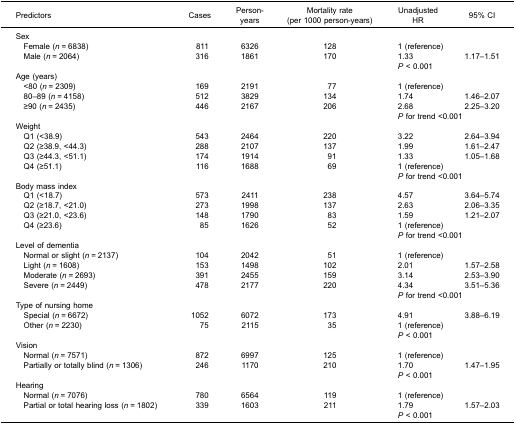
<table><thead><tr><td><b>Predictors</b></td><td><b>Cases</b></td><td><b>Person-years</b></td><td><b>Mortality rate(per 1000 person-years)</b></td><td><b>UnadjustedHR</b></td><td><b>95% CI</b></td></tr></thead><tbody><tr><td>Sex</td><td> </td><td> </td><td> </td><td> </td><td> </td></tr><tr><td> Female (<i>n</i> = 6838)</td><td>811</td><td>6326</td><td>128</td><td>1 (reference)</td><td> </td></tr><tr><td> Male (<i>n</i> = 2064)</td><td>316</td><td>1861</td><td>170</td><td>1.33</td><td>1.17–1.51</td></tr><tr><td> </td><td> </td><td> </td><td> </td><td colspan="2"><i>P</i> &lt; 0.001</td></tr><tr><td>Age (years)</td><td> </td><td> </td><td> </td><td> </td><td> </td></tr><tr><td> &lt;80 (<i>n</i> = 2309)</td><td>169</td><td>2191</td><td>77</td><td>1 (reference)</td><td> </td></tr><tr><td> 80–89 (<i>n</i> = 4158)</td><td>512</td><td>3829</td><td>134</td><td>1.74</td><td>1.46–2.07</td></tr><tr><td> ≥90 (<i>n</i> = 2435)</td><td>446</td><td>2167</td><td>206</td><td>2.68</td><td>2.25–3.20</td></tr><tr><td> </td><td> </td><td> </td><td> </td><td colspan="2"><i>P</i> for trend &lt;0.001</td></tr><tr><td>Weight</td><td> </td><td> </td><td> </td><td> </td><td> </td></tr><tr><td> Q1 (&lt;38.9)</td><td>543</td><td>2464</td><td>220</td><td>3.22</td><td>2.64–3.94</td></tr><tr><td> Q2 (≥38.9, &lt;44.3)</td><td>288</td><td>2107</td><td>137</td><td>1.99</td><td>1.61–2.47</td></tr><tr><td> Q3 (≥44.3, &lt;51.1)</td><td>174</td><td>1914</td><td>91</td><td>1.33</td><td>1.05–1.68</td></tr><tr><td> Q4 (≥51.1)</td><td>116</td><td>1688</td><td>69</td><td>1 (reference)</td><td> </td></tr><tr><td> </td><td> </td><td> </td><td> </td><td colspan="2"><i>P</i> for trend &lt;0.001</td></tr><tr><td>Body mass index</td><td> </td><td> </td><td> </td><td> </td><td> </td></tr><tr><td> Q1 (&lt;18.7)</td><td>573</td><td>2411</td><td>238</td><td>4.57</td><td>3.64–5.74</td></tr><tr><td> Q2 (≥18.7, &lt;21.0)</td><td>273</td><td>1998</td><td>137</td><td>2.63</td><td>2.06–3.35</td></tr><tr><td> Q3 (≥21.0, &lt;23.6)</td><td>148</td><td>1790</td><td>83</td><td>1.59</td><td>1.21–2.07</td></tr><tr><td> Q4 (≥23.6)</td><td>85</td><td>1626</td><td>52</td><td>1 (reference)</td><td> </td></tr><tr><td> </td><td> </td><td> </td><td> </td><td colspan="2"><i>P</i> for trend &lt;0.001</td></tr><tr><td>Level of dementia</td><td> </td><td> </td><td> </td><td> </td><td> </td></tr><tr><td> Normal or slight (<i>n</i> = 2137)</td><td>104</td><td>2042</td><td>51</td><td>1 (reference)</td><td> </td></tr><tr><td> Light (<i>n</i> = 1608)</td><td>153</td><td>1498</td><td>102</td><td>2.01</td><td>1.57–2.58</td></tr><tr><td> Moderate (<i>n</i> = 2693)</td><td>391</td><td>2455</td><td>159</td><td>3.14</td><td>2.53–3.90</td></tr><tr><td> Severe (<i>n</i> = 2449)</td><td>478</td><td>2177</td><td>220</td><td>4.34</td><td>3.51–5.36</td></tr><tr><td> </td><td> </td><td> </td><td> </td><td colspan="2"><i>P</i> for trend &lt;0.001</td></tr><tr><td>Type of nursing home</td><td> </td><td> </td><td> </td><td> </td><td> </td></tr><tr><td> Special (<i>n</i> = 6672)</td><td>1052</td><td>6072</td><td>173</td><td>4.91</td><td>3.88–6.19</td></tr><tr><td> Other (<i>n</i> = 2230)</td><td>75</td><td>2115</td><td>35</td><td>1 (reference)</td><td> </td></tr><tr><td> </td><td> </td><td> </td><td> </td><td colspan="2"><i>P</i> &lt; 0.001</td></tr><tr><td>Vision</td><td> </td><td> </td><td> </td><td> </td><td> </td></tr><tr><td> Normal (<i>n</i> = 7571)</td><td>872</td><td>6997</td><td>125</td><td>1 (reference)</td><td> </td></tr><tr><td> Partially or totally blind (<i>n</i> = 1306)</td><td>246</td><td>1170</td><td>210</td><td>1.70</td><td>1.47–1.95</td></tr><tr><td> </td><td> </td><td> </td><td> </td><td colspan="2"><i>P</i> &lt; 0.001</td></tr><tr><td>Hearing</td><td> </td><td> </td><td> </td><td> </td><td> </td></tr><tr><td> Normal (<i>n</i> = 7076)</td><td>780</td><td>6564</td><td>119</td><td>1 (reference)</td><td> </td></tr><tr><td> Partial or total hearing loss (<i>n</i> = 1802)</td><td>339</td><td>1603</td><td>211</td><td>1.79</td><td>1.57–2.03</td></tr><tr><td></td><td> </td><td> </td><td> </td><td colspan="2"><i>P</i> &lt; 0.001</td></tr></tbody></table>